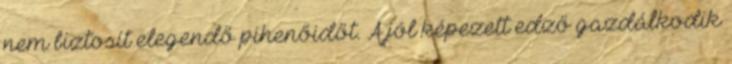
nem biztosít elegendő pihenőidőt. A jól képezett edző gazdálkodik